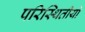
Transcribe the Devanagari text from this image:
परिस्थितीयों